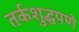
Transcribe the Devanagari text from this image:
तर्कशुद्धपणे